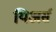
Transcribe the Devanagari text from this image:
यिअर्स